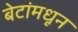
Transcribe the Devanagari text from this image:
बेटांमधून